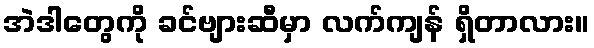
အဲဒါတွေကို ခင်ဗျားဆီမှာ လက်ကျန် ရှိတာလား။